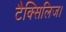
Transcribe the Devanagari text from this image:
टैक्सिलिज।